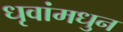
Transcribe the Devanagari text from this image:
धृवांमधुन